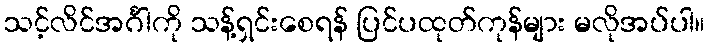
သင့်လိင်အင်္ဂါကို သန့်ရှင်းစေရန် ပြင်ပထုတ်ကုန်များ မလိုအပ်ပါ။